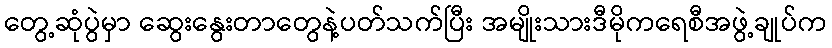
တွေ့ဆုံပွဲမှာ ဆွေးနွေးတာတွေနဲ့ပတ်သက်ပြီး အမျိုးသားဒီမိုကရေစီအဖွဲ့ချုပ်က